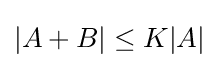
|A+B|\leq K|A|